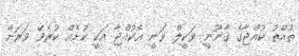
ތުއްތު ކުއްޖާގެ ޤާނޫނީ ވަކީލް ވަނީ އެކުއްޖާ އަކީ ކުށެއް ކުރެވޭ ވަރަށް